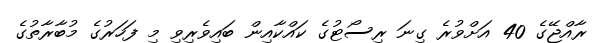
ރާއްޖޭގެ 40 އަށްވުރެ ގިނަ ރިސޯޓުގެ ކައްކާއިން ބައިވެރިވި މި ފަހަރުގެ މުބާރާތުގެ